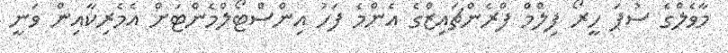
މާވެލްގެ ސުޕަ ހީރޯ ފިލްމް ފްރެންޗައިޒްގެ އެންމެ ފަހު އިންސްޓޯލްމެންޓަށް އެމެރިކާއިން ވަނީ